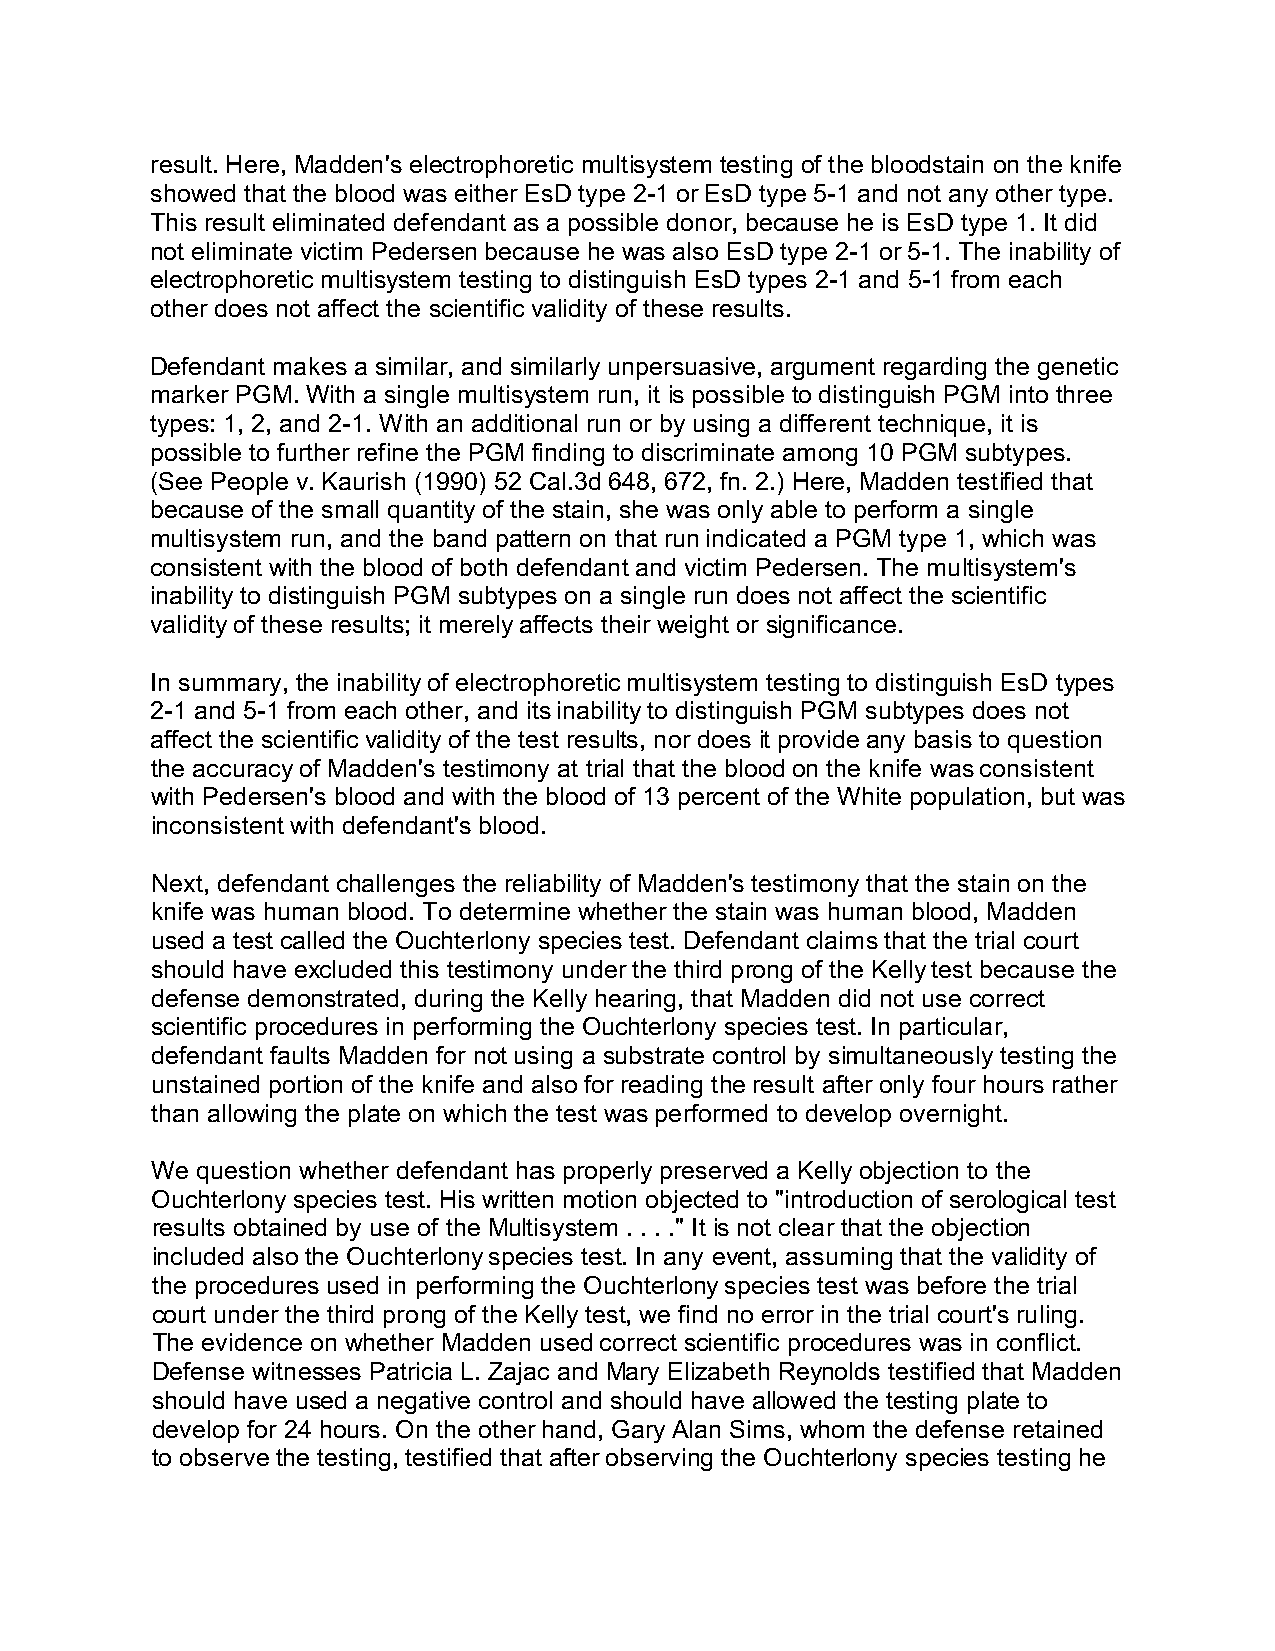
result. Here, Madden's electrophoretic multisystem testing of the bloodstain on the knife
 showed that the blood was either EsD type 2-1 or EsD type 5-1 and not any other type.
 This result eliminated defendant as a possible donor, because he is EsD type 1. It did
 not eliminate victim Pedersen because he was also EsD type 2-1 or 5-1. The inability of
 electrophoretic multisystem testing to distinguish EsD types 2-1 and 5-1 from each
 other does not affect the scientific validity of these results.
 Defendant makes a similar, and similarly unpersuasive, argument regarding the genetic
 marker PGM. With a single multisystem run, it is possible to distinguish PGM into three
 types: 1, 2, and 2-1. With an additional run or by using a different technique, it is
 possible to further refine the PGM finding to discriminate among 10 PGM subtypes.
 (See People v. Kaurish (1990) 52 Cal.3d 648, 672, fn. 2.) Here, Madden testified that
 because of the small quantity of the stain, she was only able to perform a single
 multisystem run, and the band pattern on that run indicated a PGM type 1, which was
 consistent with the blood of both defendant and victim Pedersen. The multisystem's
 inability to distinguish PGM subtypes on a single run does not affect the scientific
 validity of these results; it merely affects their weight or significance.
 In summary, the inability of electrophoretic multisystem testing to distinguish EsD types
 2-1 and 5-1 from each other, and its inability to distinguish PGM subtypes does not
 affect the scientific validity of the test results, nor does it provide any basis to question
 the accuracy of Madden's testimony at trial that the blood on the knife was consistent
 with Pedersen's blood and with the blood of 13 percent of the White population, but was
 inconsistent with defendant's blood.
 Next, defendant challenges the reliability of Madden's testimony that the stain on the
 knife was human blood. To determine whether the stain was human blood, Madden
 used a test called the Ouchterlony species test. Defendant claims that the trial court
 should have excluded this testimony under the third prong of the Kelly test because the
 defense demonstrated, during the Kelly hearing, that Madden did not use correct
 scientific procedures in performing the Ouchterlony species test. In particular,
 defendant faults Madden for not using a substrate control by simultaneously testing the
 unstained portion of the knife and also for reading the result after only four hours rather
 than allowing the plate on which the test was performed to develop overnight.
 We question whether defendant has properly preserved a Kelly objection to the
 Ouchterlony species test. His written motion objected to "introduction of serological test
 results obtained by use of the Multisystem . . . ." It is not clear that the objection
 included also the Ouchterlony species test. In any event, assuming that the validity of
 the procedures used in performing the Ouchterlony species test was before the trial
 court under the third prong of the Kelly test, we find no error in the trial court's ruling.
 The evidence on whether Madden used correct scientific procedures was in conflict.
 Defense witnesses Patricia L. Zajac and Mary Elizabeth Reynolds testified that Madden
 should have used a negative control and should have allowed the testing plate to
 develop for 24 hours. On the other hand, Gary Alan Sims, whom the defense retained
 to observe the testing, testified that after observing the Ouchterlony species testing he